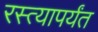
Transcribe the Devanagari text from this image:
रस्त्यापर्यंत